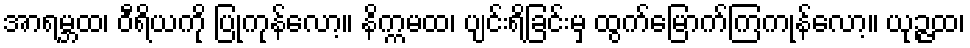
အာရမ္ဘထ၊ ဝီရိယကို ပြုကုန်လော့။ နိက္ကမထ၊ ပျင်းရိခြင်းမှ ထွက်မြောက်ကြကုန်လော့။ ယုဉ္ဇထ၊